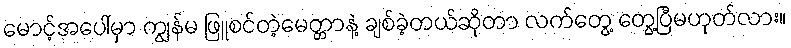
မောင့်အပေါ်မှာ ကျွန်မ ဖြူစင်တဲ့မေတ္တာနဲ့ ချစ်ခဲ့တယ်ဆိုတာ လက်တွေ့ တွေ့ပြီမဟုတ်လား။